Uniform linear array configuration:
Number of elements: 8
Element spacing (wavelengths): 0.25
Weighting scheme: binomial
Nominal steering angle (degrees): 60
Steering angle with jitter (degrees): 61.858
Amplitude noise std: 0.05
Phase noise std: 0.05

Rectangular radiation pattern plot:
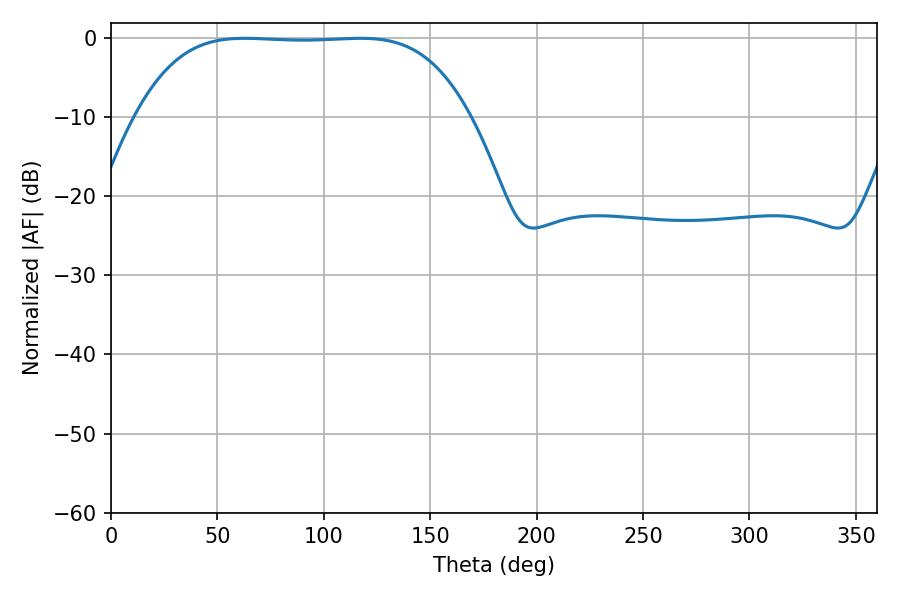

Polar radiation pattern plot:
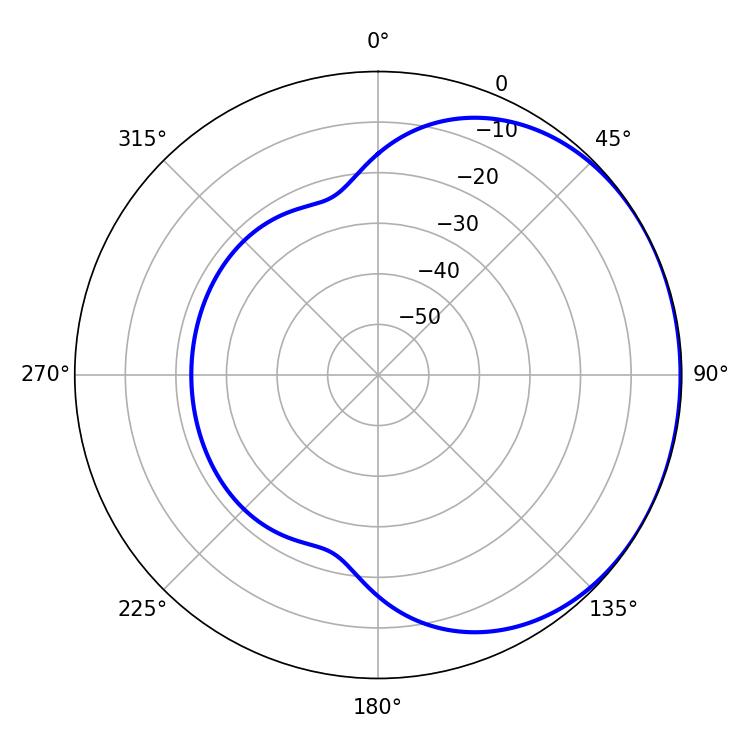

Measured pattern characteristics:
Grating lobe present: FALSE
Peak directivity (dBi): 0.8119
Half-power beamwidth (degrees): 120.6
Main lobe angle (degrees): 62.82